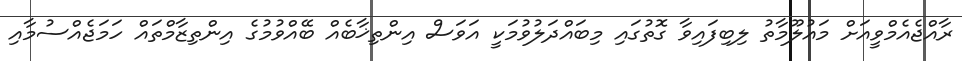
ރާއްޖެއެމްވީއަށް މައުލޫމާތު ލިބިފައިވާ ގޮތުގައި މިބައްދަލުވުމަކީ އަވަސް އިންތިޚާބެއް ބޭއްވުމުގެ އިންތިޒާމްތައް ހަމަޖެއްސުމާއި